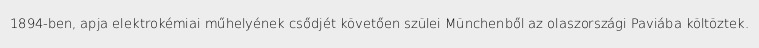
1894-ben, apja elektrokémiai műhelyének csődjét követően szülei Münchenből az olaszországi Paviába költöztek.